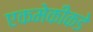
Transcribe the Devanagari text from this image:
एकमेकींकडे